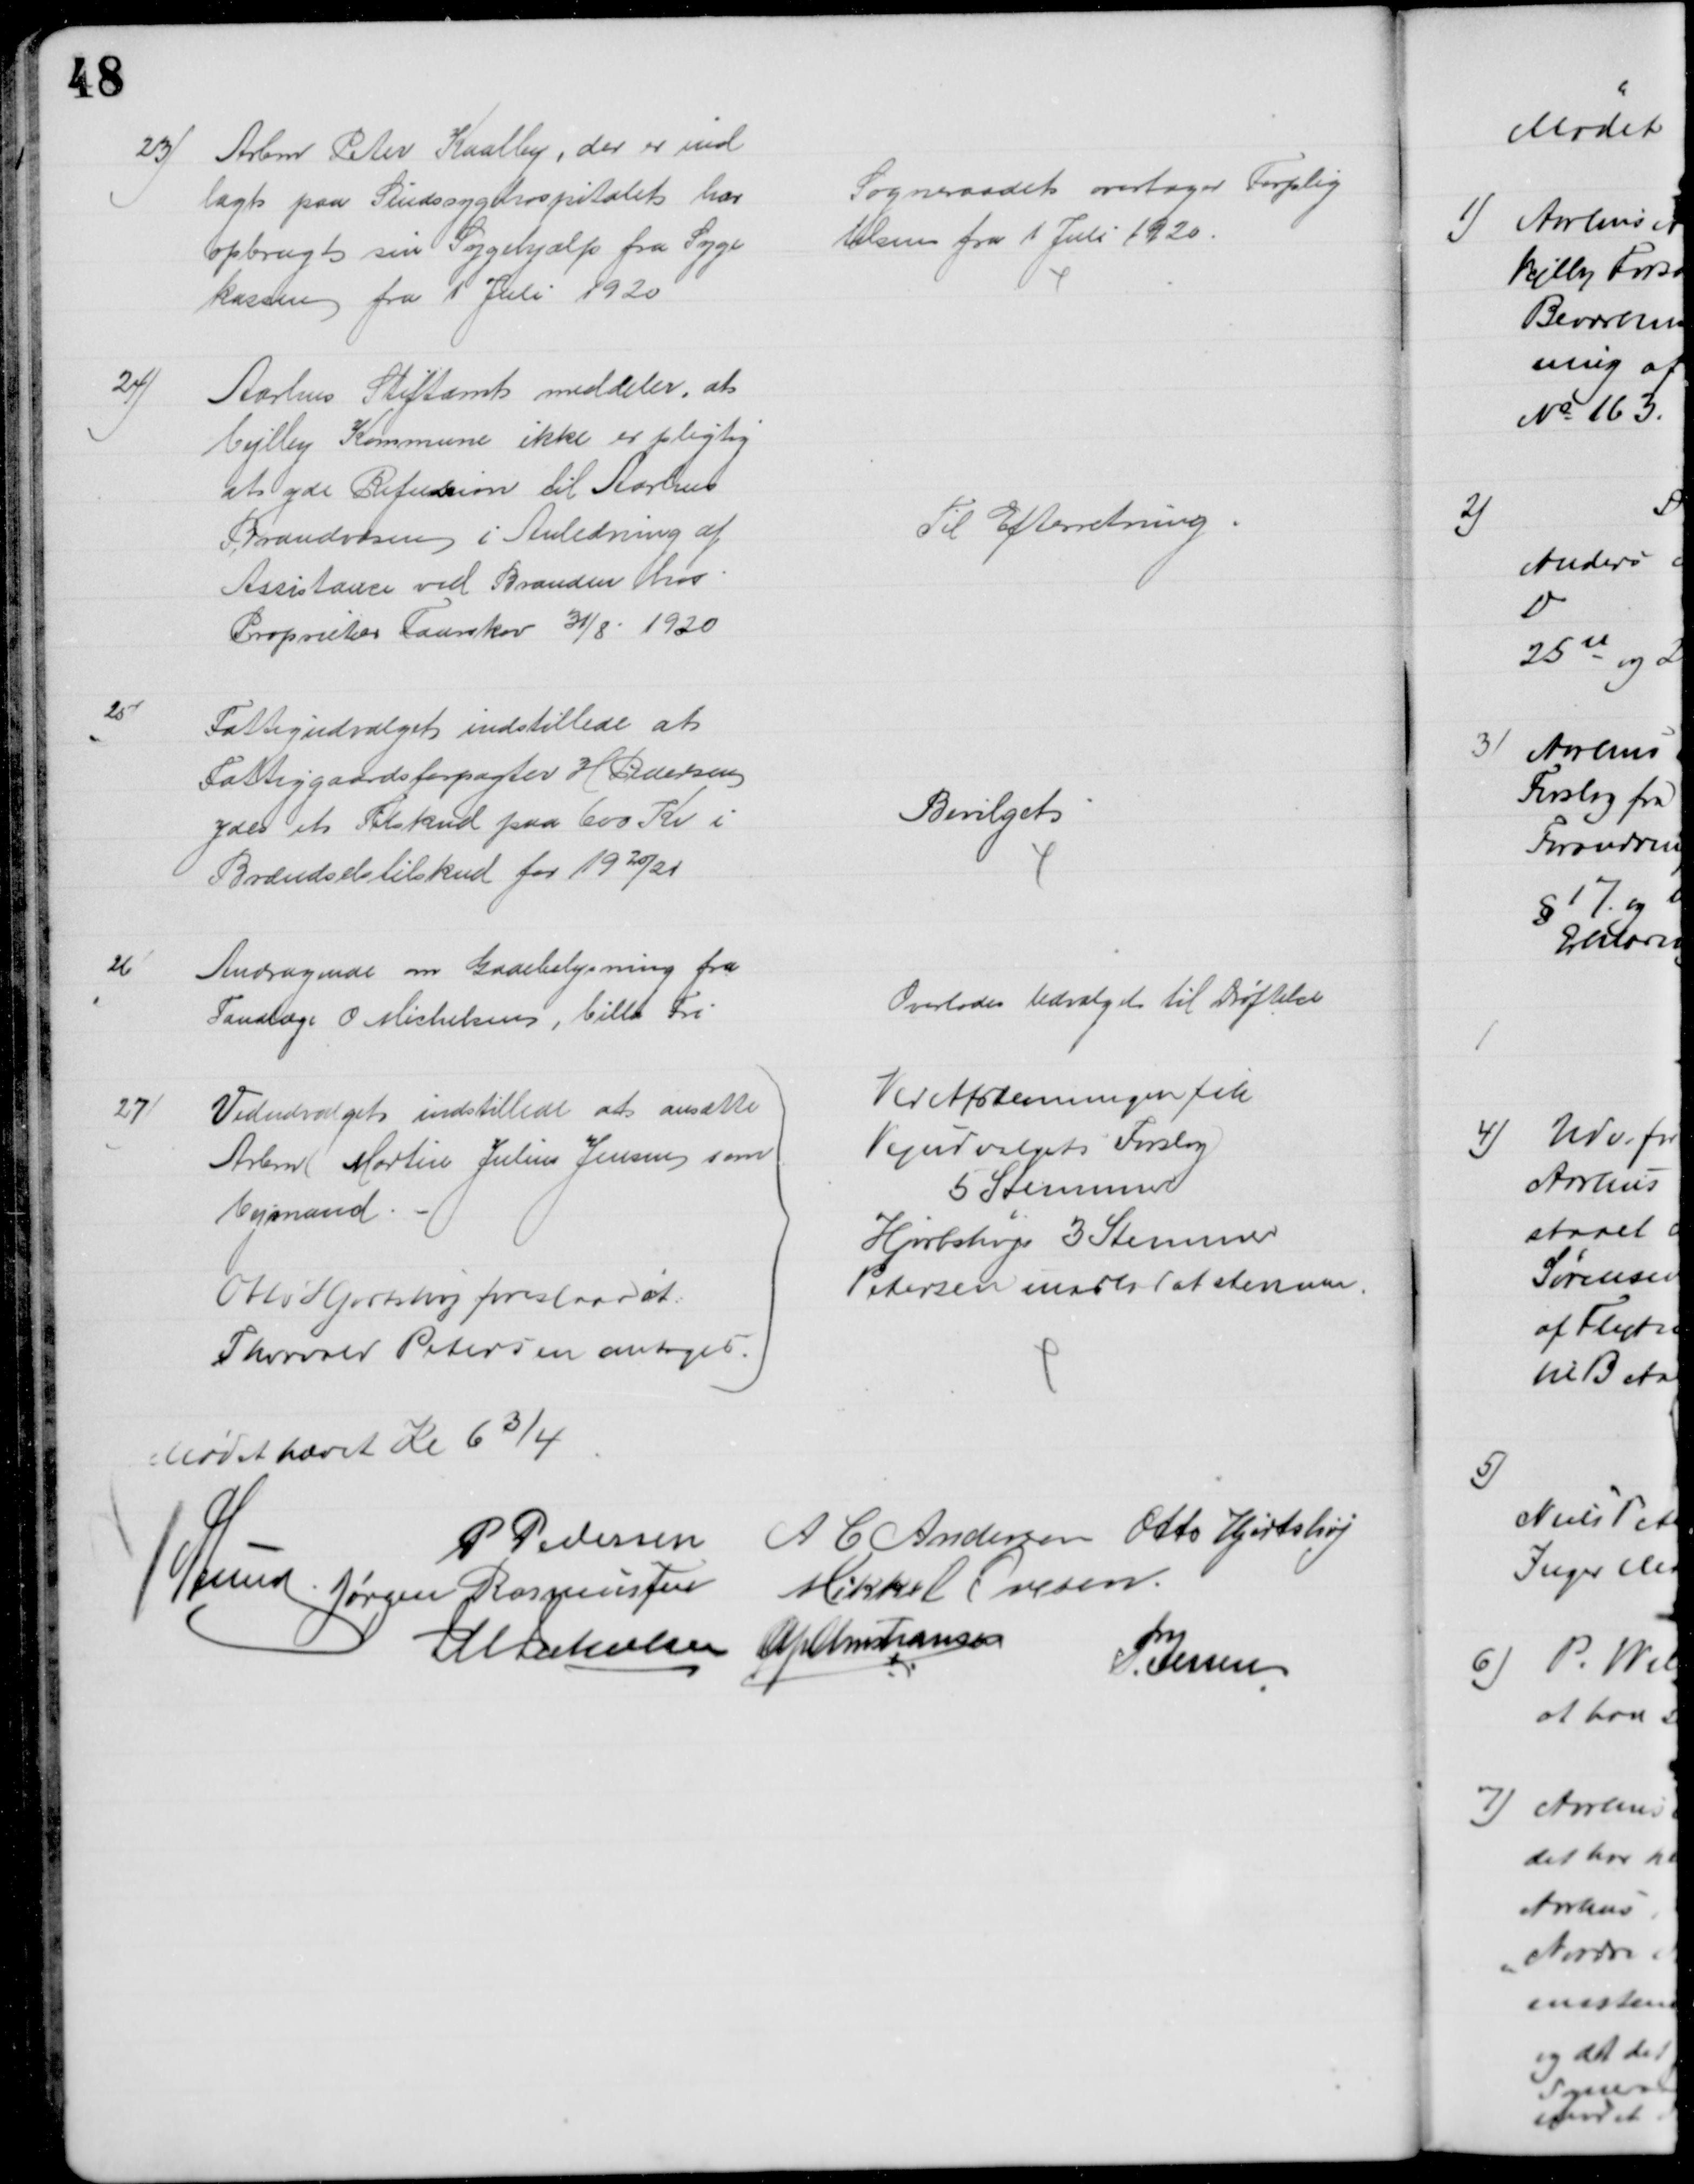
Transskription:
23)
Arbm Peter Kaalby, der er ind
lagt paa Sindssygehospitalet har
opbrugt sin Sygehjælp fra Syge
kassen fra 1' Juli 1920
Sogneraadet overtager Forplig
telsen fra 1 Juli 1920.
24)
Aarhus Stiftamt meddeler, at
Vejlby Kommune ikke er pligtig
at yde Refusion til Aarhus
Brandvæsen i Anledning af 
Assistance ved Branden hos
Proprietær Faurskov 31/8 1920
Til Efterretning
25)
Fattigudvalget indstillede at 
Fattiggaardsforpagter H Pedersen
ydes et Tilskud paa 600 Kr i
Brændselstilskud for 1920/21
Bevilget
26)
Andragende om Gadebelysning fra
Tandlæge O. Michelsen, Villa Fri
Overlodes Udvalget til Drøftelse
27)
Vedudvalget indstillede at ansætte
Arbmd Martin Julius Jensen som
Vejmand
Otto Hjortshøj foreslaar at 
Thorvald Petersen antages.
Ved Afstemningen fik
Vejudvalgets Forslag
5 Stemmer
Hjortshøjs 3 Stemmer
Petersen undlod at stemme.
Mødet hævet Kl 6¾
P Pedersen
A C Andersen Otto Hjortshøj
A Lund. Jørgen Rasmussen
Mikkel Ovesen.
J M Jakobsen A P Christiansen
P. Jessen